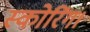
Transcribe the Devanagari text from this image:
स्कोरिंग।